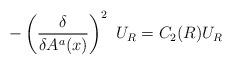
LaTeX: \begin{align*}-\left(\frac{\delta}{\delta A^a(x)}\right)^2~U_R=C_2(R)U_R\end{align*}